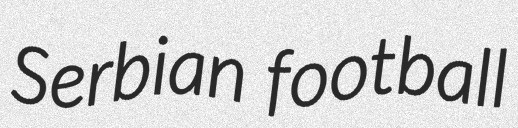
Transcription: Serbian football